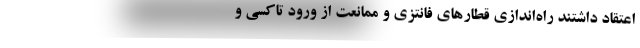
اعتقاد داشتند راه‌اندازی قطارهای فانتزی و ممانعت از ورود تاکسی و